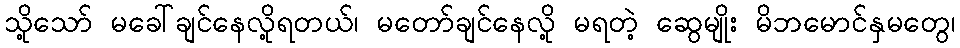
သို့သော် မခေါ်ချင်နေလို့ရတယ်၊ မတော်ချင်နေလို့ မရတဲ့ ဆွေမျိုး မိဘမောင်နှမတွေ၊